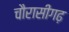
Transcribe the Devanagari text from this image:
चौरासीगढ़